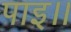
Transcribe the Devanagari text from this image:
पाइ।।